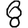
Digit: 8